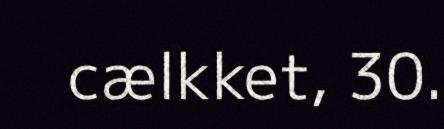
cælkket, 30.